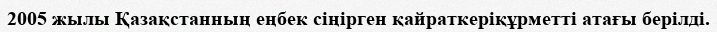
2005 жылы Қазақстанның еңбек сіңірген қайраткеріқұрметті атағы берілді.